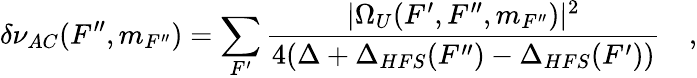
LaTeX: \delta\nu_{AC}(F^{\prime\prime},m_{F^{\prime\prime}})=\sum_{F^{\prime}}\frac{|\Omega_{U}(F^{\prime},F^{\prime\prime},m_{F^{\prime\prime}})|^{2}}{4(\Delta+\Delta_{HFS}(F^{\prime\prime})-\Delta_{HFS}(F^{\prime}))}\quad,